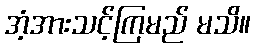
အံ့အားသင့်ကြမည် မသိ။